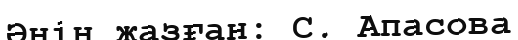
Әнін жазған: С. Апасова